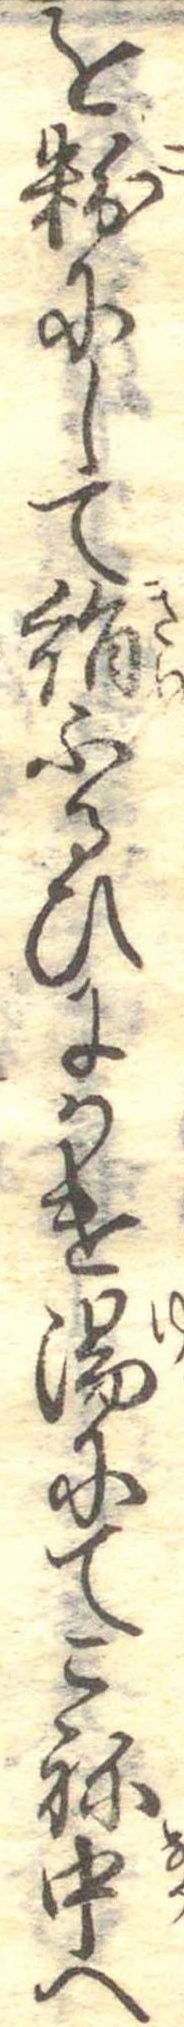
を粉にして絹ふるひにかけ湯にてこね中へ